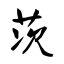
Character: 茨